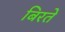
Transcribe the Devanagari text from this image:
बिरते